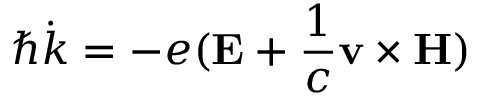
\hbar { \dot { k } } = - e ( \mathbf { E } + { \frac { 1 } { c } } \mathbf { v } \times \mathbf { H } )